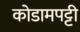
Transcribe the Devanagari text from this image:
कोडामपट्टी